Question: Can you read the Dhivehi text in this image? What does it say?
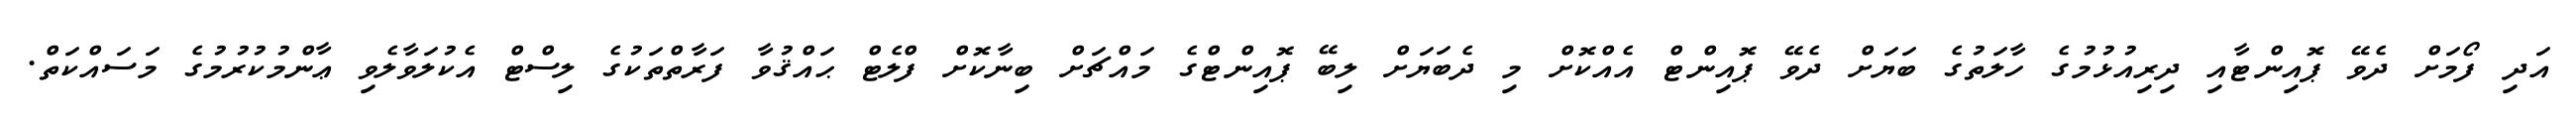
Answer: އަދި ފޯމަށް ދެވޭ ޕޮއިންޓާއި ދިރިއުޅުމުގެ ހާލަތުގެ ބަޔަށް ދެވޭ ޕޮއިންޓް އެއްކޮށް މި ދެބަޔަށް ލިބޭ ޕޮއިންޓްގެ މައްޗަށް ބިނާކޮށް ފްލެޓް ޙައްޤުވާ ފަރާތްތަކުގެ ލިސްޓް އެކުލަވާލެވި ޢާންމުކުރުމުގެ މަސައްކަތް.